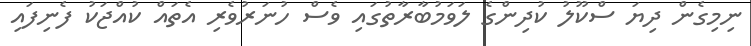
ނިމިގެން ދިޔަ ސްކޫލު ކުދިންގެ ލަވަމުބާރާތުގައި ވެސް ހުނަރުވެރި އެތައް ކުއްޖަކު ފެނިފައި